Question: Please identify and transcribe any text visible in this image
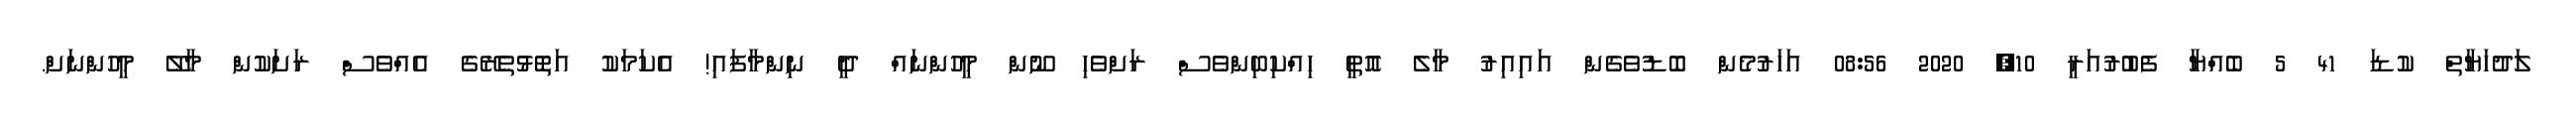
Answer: ލަދުހަޔާތް ކުޑަ 41 5 ބެއްޔާ ފެބުރުއަރީ 10, 2020 08:56 އަހަރުމެން ބޮޑުވެގެން އައިއިރު މާލެ އޮތީ ހިއްކިބިންވެސް ރަށްވެހި ނޫން މީހުންނައް ދީ ނިންމާފައި! އެކަމަކު އަތޮޅުތެރޭގެ އެއްވެސް ރަށަކުން މާލޭ މީހުންނަށް.